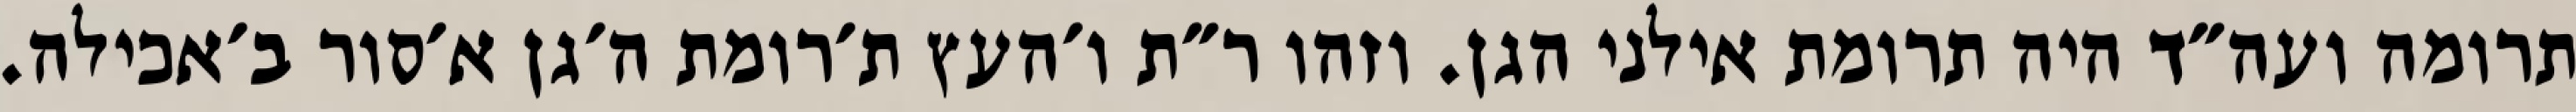
תרומה ועה״ד היה תרומת אילני הגן. וזהו ר״ת ו׳העץ ת׳רומת ה׳גן א׳סור ב׳אכילה.